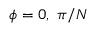
\phi = 0 , ~ \pi / N